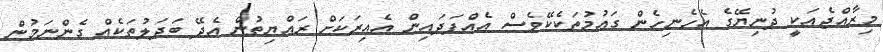
މިރާއްޖެއަކީ ދުނިޔޭގެ އެހެނިހެން ގައުމުތަކެކޭވެސް އެއްފަދައިން އެއިރަކަށް ރައްޔިތުން އެދޭ ބަދަލުތަކެއް ގެންނަމުން